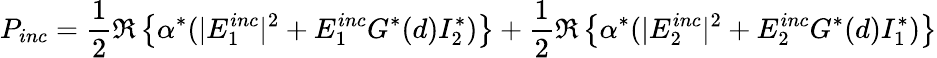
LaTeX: P_{inc}=\frac{1}{2}\Re\left\{ \alpha^{*}(|E_{1}^{inc}|^{2}+E_{1}^{inc}G^{*}(d)I_{2}^{*})\right\} +\frac{1}{2}\Re\left\{ \alpha^{*}(|E_{2}^{inc}|^{2}+E_{2}^{inc}G^{*}(d)I_{1}^{*})\right\}